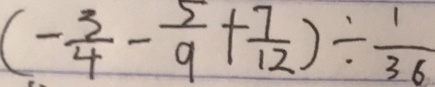
( - \frac { 3 } { 4 } - \frac { 5 } { 9 } + \frac { 7 } { 1 2 } ) \div \frac { 1 } { 3 6 }